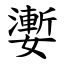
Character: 嬱